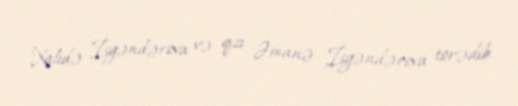
Xalidə İsgəndərova və qızı Əmanə İsgəndərova törədib.